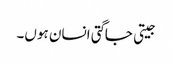
جیتی جاگتی انسان ہوں۔